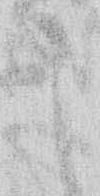
こ